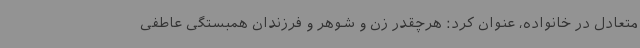
متعادل در خانواده، عنوان کرد: هرچقدر زن و شوهر و فرزندان همبستگی عاطفی